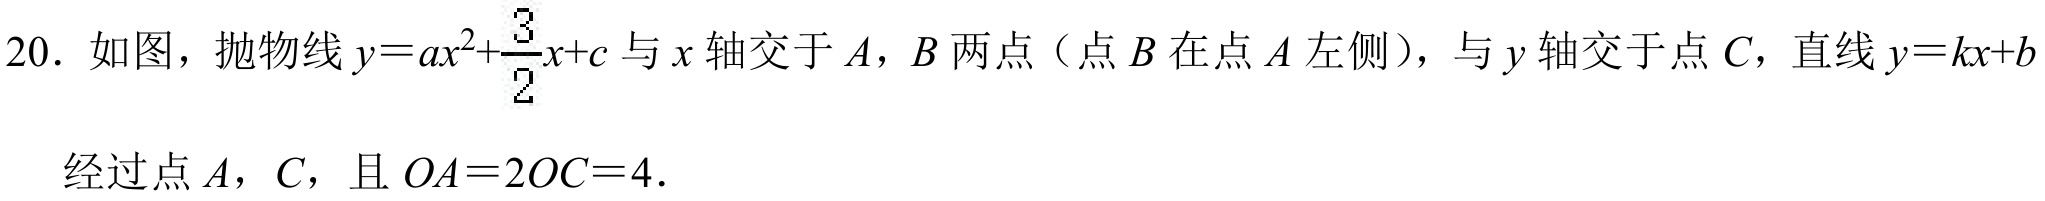
20. 如图，抛物线\(y = ax^{2}+\frac{3}{2}x + c\)与\(x\)轴交于\(A\)，\(B\)两点（点\(B\)在点\(A\)左侧），与\(y\)轴交于点\(C\)，直线\(y = kx + b\)
经过点\(A\)，\(C\)，且 \(OA = 2OC = 4\).